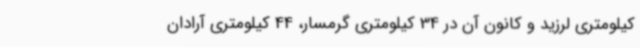
کیلومتری لرزید و کانون آن در 34 کیلومتری گرمسار، 44 کیلومتری آرادان